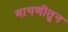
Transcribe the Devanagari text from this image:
मागणीतून